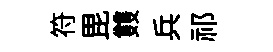
符毘䨇兵祁